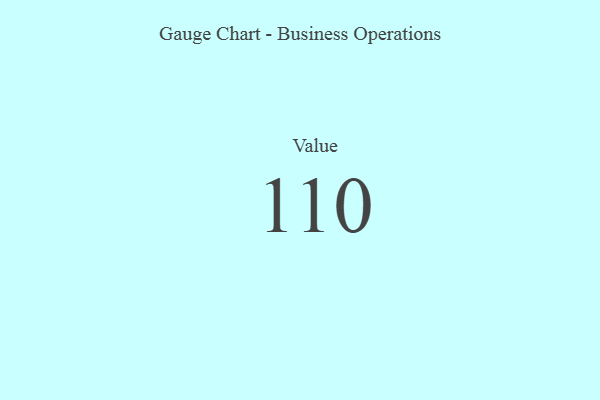
{"axis": {"x": "Metric", "y": "Value"}, "legend": [""], "data": [{"x": "Value", "y": 110, "type": ""}]}